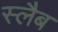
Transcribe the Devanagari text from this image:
स्‍लैब